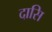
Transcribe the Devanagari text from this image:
दासि